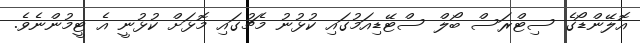
އޮލޭންޑޯގެ ސިޓްރަސް ބޯލް ސްޓޭޑިއަމުގައި ކުޅުނު މެޗުގައި މޮޅަށް ކުޅުނީ އެ ޓީމުންނެވެ.